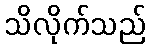
သိလိုက်သည်